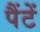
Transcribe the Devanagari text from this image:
पैंटें